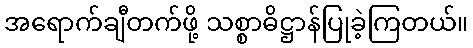
အရောက်ချီတက်ဖို့ သစ္စာဓိဋ္ဌာန်ပြုခဲ့ကြတယ်။